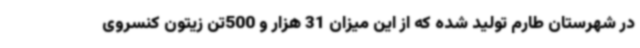
در شهرستان طارم تولید شده که از این میزان 31 هزار و 500تن زیتون کنسروی